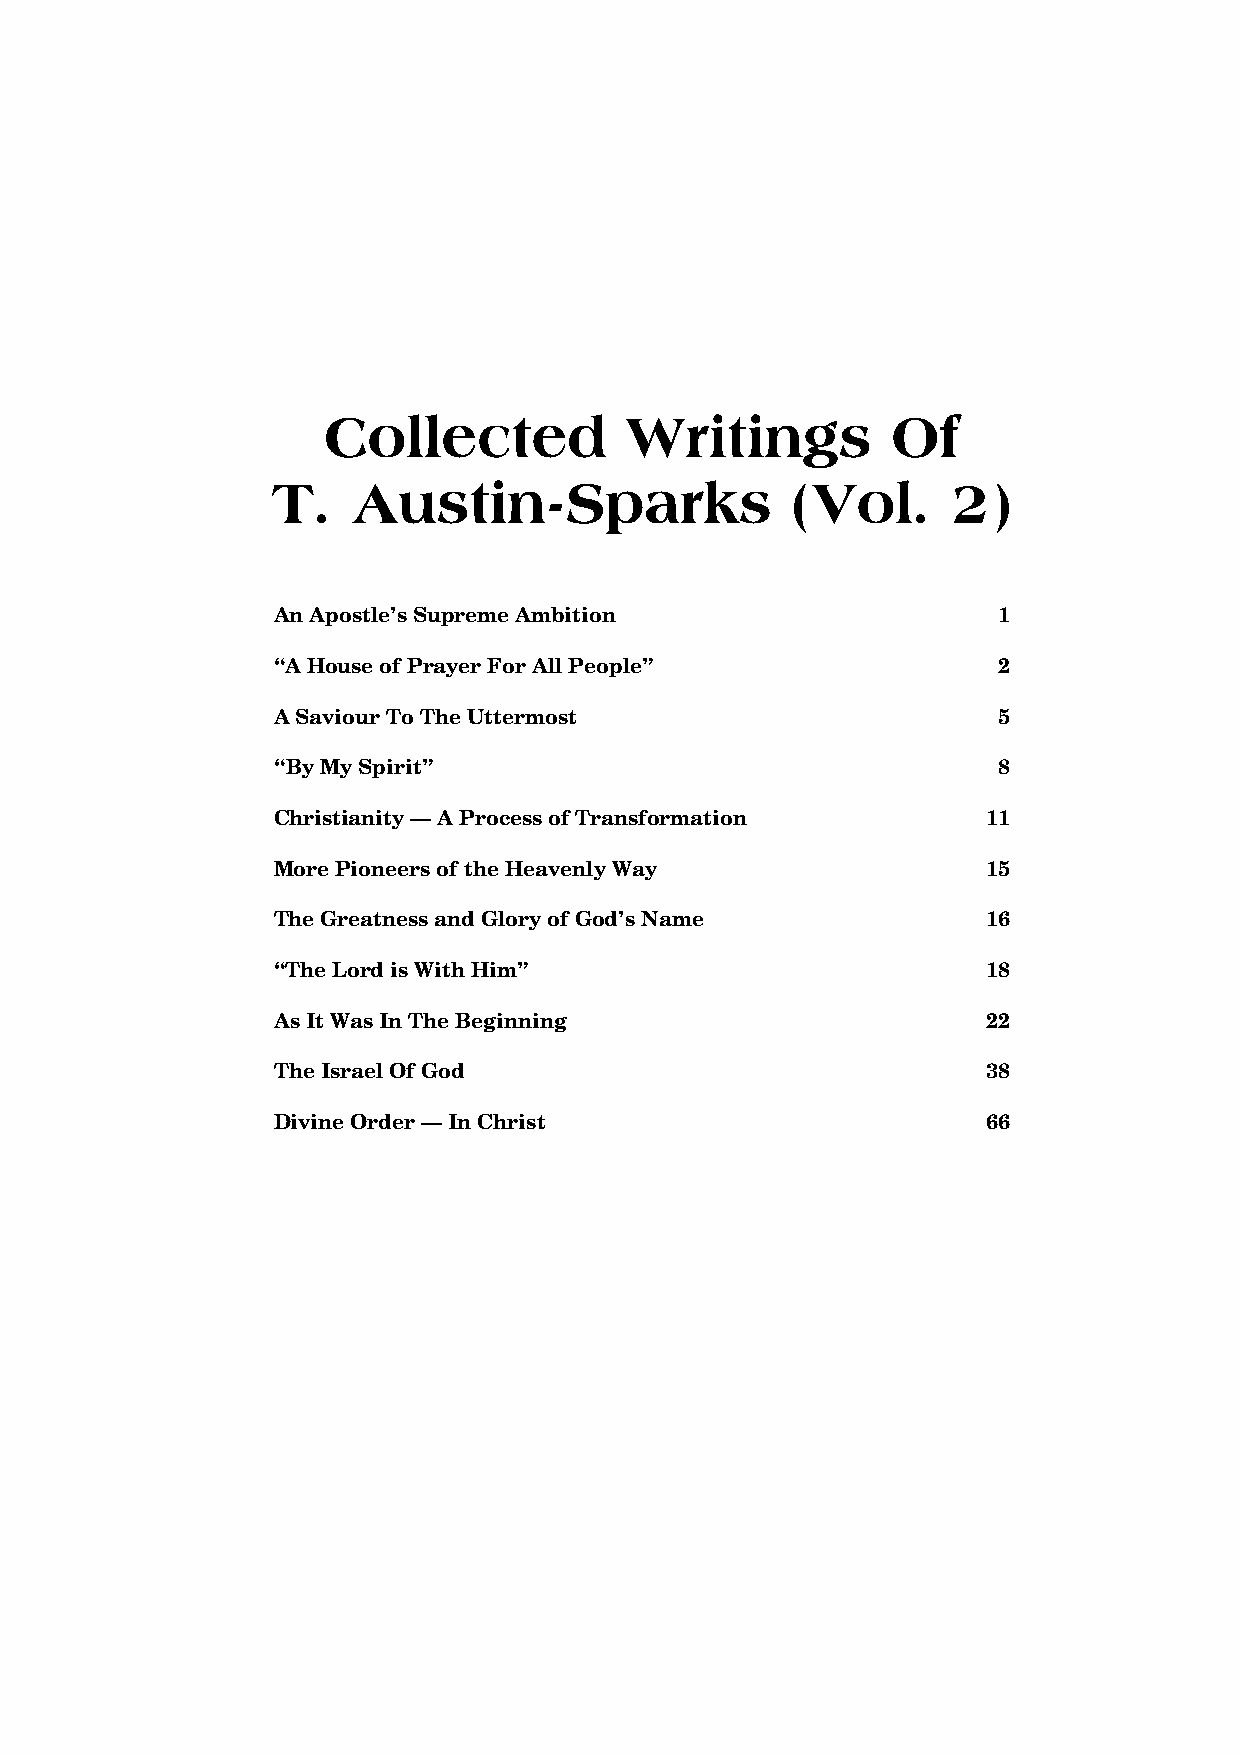
Collected           Writings          Of
 T.   Austin-Sparks                (Vol.      2)
 AnApostle’sSupremeAmbition                      1
 “AHouseofPrayerForAllPeople”                    2
 ASaviourToTheUttermost                          5
 “ByMySpirit”                                    8
 Christianity—AProcessofTransformation          11
 MorePioneersoftheHeavenlyWay                   15
 TheGreatnessandGloryofGod’sName                16
 “TheLordisWithHim”                             18
 AsItWasInTheBeginning                          22
 TheIsraelOfGod                                 38
 DivineOrder—InChrist                           66